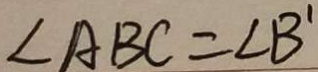
\angle A B C = \angle B ^ { \prime }